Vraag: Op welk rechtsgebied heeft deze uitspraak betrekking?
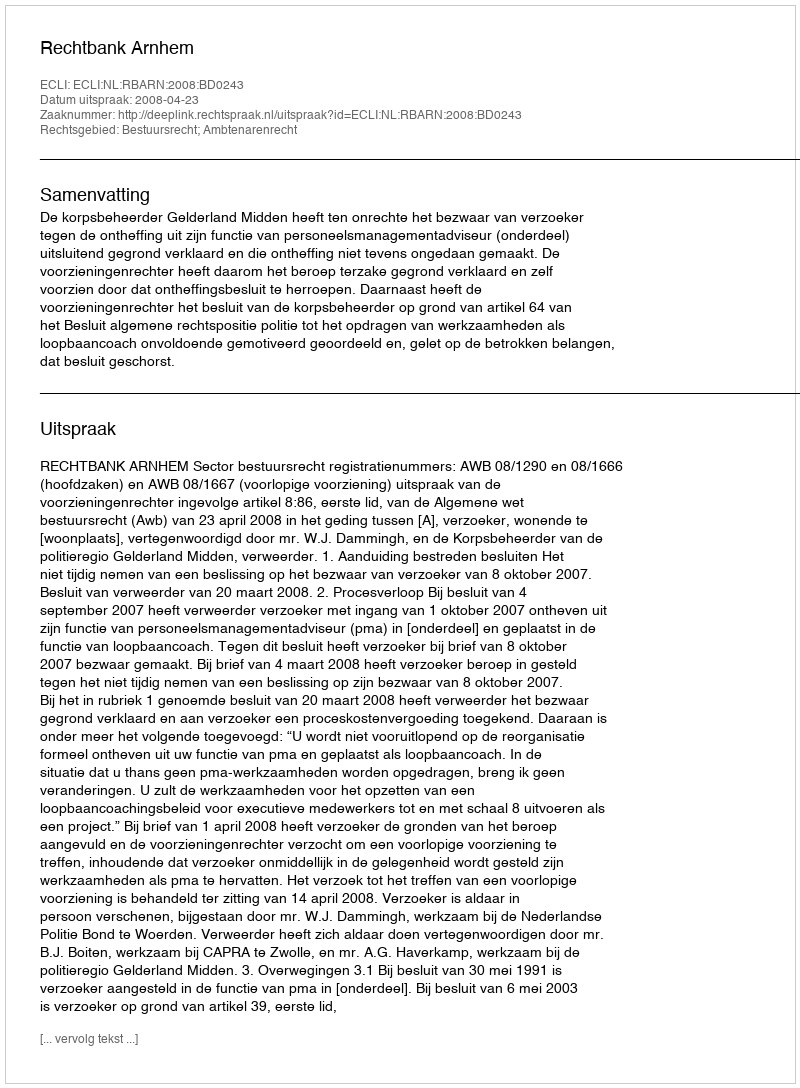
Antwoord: Bestuursrecht; Ambtenarenrecht